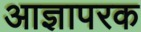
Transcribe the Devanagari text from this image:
आज्ञापरक